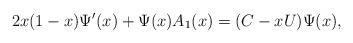
LaTeX: \begin{align*}2x(1-x)\Psi'(x)+\Psi(x)A_1(x)=(C-xU)\Psi(x),\end{align*}